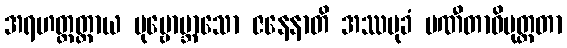
အရဟတ္တတ္ထာယ ပုဗ္ဗောဗ္ဘာသော ဇနေနာတိ အဿမုခံ ပဏီတာဓိမုတ္တတာ